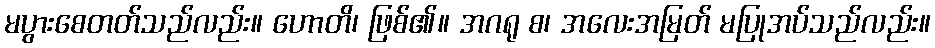
မပွားစေတတ်သည်လည်း။ ဟောတိ၊ ဖြစ်၏။ အဂရု စ၊ အလေးအမြတ် မပြုအပ်သည်လည်း။